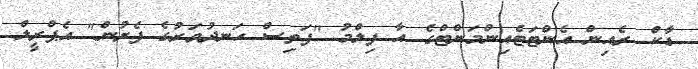
ޑާކް ރެއިން އެންޓަޓެއިންމަންޓްގެ އާ ފިލްމު "ފަތިސް ހަނދުވަރުގެ ފެށުން" އެޕްރީލް